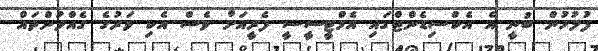
ފުލުހުން ބުނީ އެ އެކްސިޑެންޓްގައި އެމްޓީސީސީ ފެރީއަށް ވެސް އެކި ވަރުގެ ގެއްލުންތައް